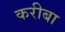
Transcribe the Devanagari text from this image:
करीबा